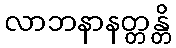
လာဘနာနတ္တန္တိ